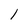
Character: 1